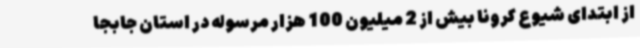
از ابتدای شیوع کرونا بیش از 2 میلیون 100 هزار مرسوله در استان جابجا